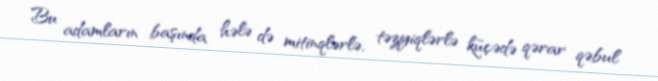
Bu adamların başında hələ də mitinqlərlə, təzyiqlərlə küçədə qərar qəbul